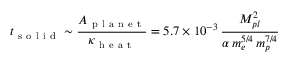
t _ { \mathrm { ~ s ~ o ~ l ~ i ~ d ~ } } \sim \frac { A _ { \mathrm { ~ p ~ l ~ a ~ n ~ e ~ t ~ } } } { \kappa _ { \mathrm { ~ h ~ e ~ a ~ t ~ } } } = 5 . 7 \times 1 0 ^ { - 3 } \, \frac { M _ { p l } ^ { 2 } } { \alpha \, m _ { e } ^ { 5 / 4 } \, m _ { p } ^ { 7 / 4 } }